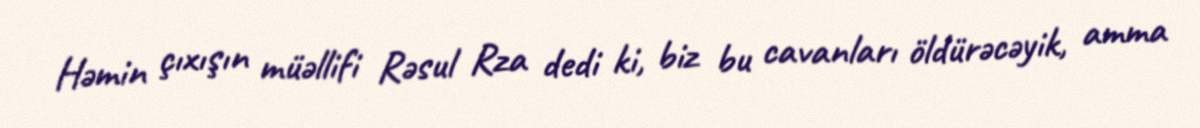
Həmin çıxışın müəllifi Rəsul Rza dedi ki, biz bu cavanları öldürəcəyik, amma